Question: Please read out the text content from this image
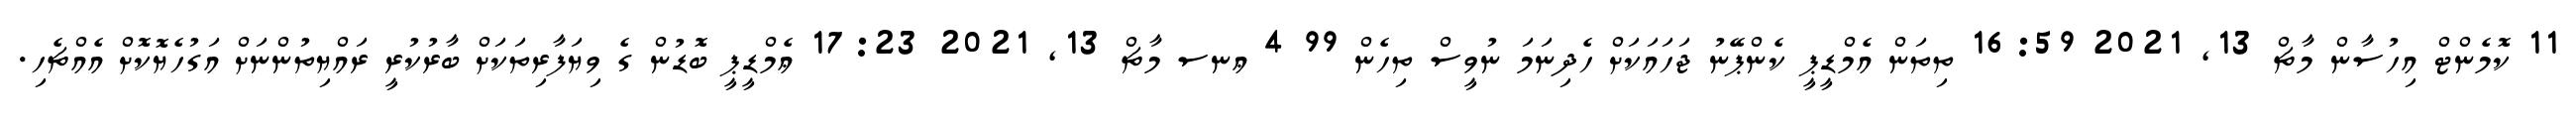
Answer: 11 ކޮމެންޓް އިހުސާން މާޗް 13, 2021 16:59 ތިތަން އެމްޑީޕީ ކެންޕޭނު ޖަހައަކަށް ހެދިނަމަ ނުވީސް ތިހެން 99 4 ޢނސ މާޗް 13, 2021 17:23 ޢެމްޑީޕީ ބޮޑުން ގެ ވިޔަފާރިތަކަށް ބާރުކުރީ ރައްޔިތުންނަށް އަގުހެޔޮކޮށް އެއްޗެހި.